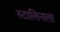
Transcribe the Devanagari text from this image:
स्टालिनला